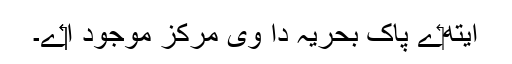
ایتھ‏ے پاک بحریہ دا وی مرکز موجود ا‏‏ے۔